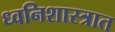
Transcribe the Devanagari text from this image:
ध्वनिशास्त्रात